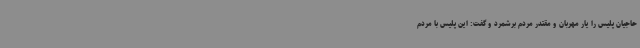
حاجیان پلیس را یار مهربان و مقتدر مردم برشمرد و گفت: این پلیس با مردم